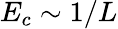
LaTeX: E_{c}\sim 1/L